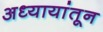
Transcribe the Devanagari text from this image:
अध्यायांतून